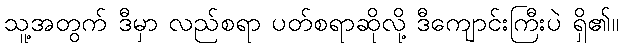
သူ့အတွက် ဒီမှာ လည်စရာ ပတ်စရာဆိုလို့ ဒီကျောင်းကြီးပဲ ရှိ၏။